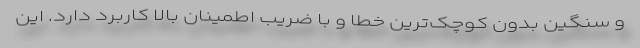
و سنگین بدون کوچک‌­ترین خطا و با ضریب اطمینان بالا کاربرد دارد. این